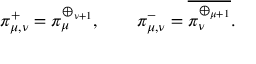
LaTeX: \pi _ { \mu , \nu } ^ { + } = \pi _ { \mu } ^ { \oplus _ { \nu + 1 } } , \qquad \pi _ { \mu , \nu } ^ { - } = { \overline { { \pi _ { \nu } ^ { \oplus _ { \mu + 1 } } } } } .